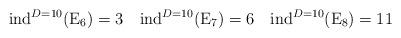
\begin{align*}{\rm ind}^{D=10}({\rm E}_6)=3 \quad {\rm ind}^{D=10}({\rm E}_7)=6 \quad {\rm ind}^{D=10}({\rm E}_{8})=11\end{align*}